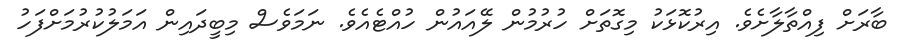
ބާރަށް ފިއްތާލާށެވެ. އިރުކޮޅަކު މިގޮތަށް ހުރުމުން ލޭއައުން ހުއްޓެއެވެ. ނަމަވެސް މިބީދައިން އަމަލުކުރުމަށްފަހު